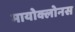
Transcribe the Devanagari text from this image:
मायोक्लोनस